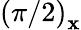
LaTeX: \left(\pi/2\right)_{\mathbf{x}}